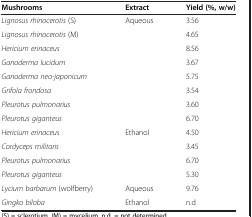
<table><thead><tr><td><b>Mushrooms</b></td><td><b>Extract</b></td><td><b>Yield (%, w/w)</b></td></tr></thead><tbody><tr><td><i>Lignosus rhinocerotis</i> (S)</td><td>Aqueous</td><td>3.56</td></tr><tr><td><i>Lignosus rhinocerotis</i> (M)</td><td> </td><td>4.65</td></tr><tr><td><i>Hericium erinaceus</i></td><td> </td><td>8.56</td></tr><tr><td><i>Ganoderma lucidum</i></td><td> </td><td>3.67</td></tr><tr><td><i>Ganoderma neo-japonicum</i></td><td> </td><td>5.75</td></tr><tr><td><i>Grifola frondosa</i></td><td> </td><td>3.54</td></tr><tr><td><i>Pleurotus pulmonarius</i></td><td> </td><td>3.60</td></tr><tr><td><i>Pleurotus giganteus</i></td><td> </td><td>6.70</td></tr><tr><td><i>Hericium erinaceus</i></td><td>Ethanol</td><td>4.50</td></tr><tr><td><i>Cordyceps militaris</i></td><td> </td><td>3.45</td></tr><tr><td><i>Pleurotus pulmonarius</i></td><td> </td><td>6.70</td></tr><tr><td><i>Pleurotus giganteus</i></td><td> </td><td>5.30</td></tr><tr><td><i>Lycium barbarum</i> (wolfberry)</td><td>Aqueous</td><td>9.76</td></tr><tr><td><i>Gingko biloba</i></td><td>Ethanol</td><td>n.d</td></tr></tbody></table>